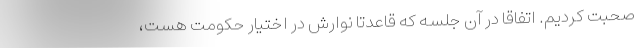
صحبت کردیم. اتفاقا در آن جلسه که قاعدتا نوارش در اختیار حکومت هست،